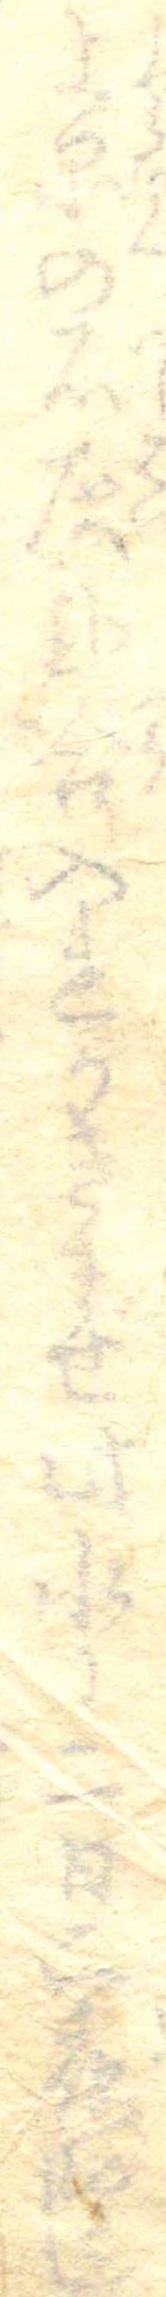
上品の石灰弐合入れかきまぜ此水に二日二夜ひたし